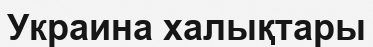
Украина халықтары